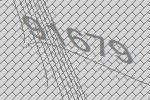
91679